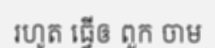
រហូត ធ្វើឲ ពួក ចាម